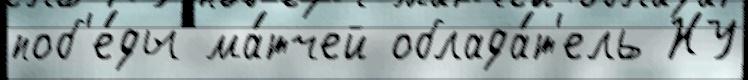
поб'е́ды ма́тчей облада́т'ель НУ